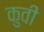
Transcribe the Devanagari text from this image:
कुवी